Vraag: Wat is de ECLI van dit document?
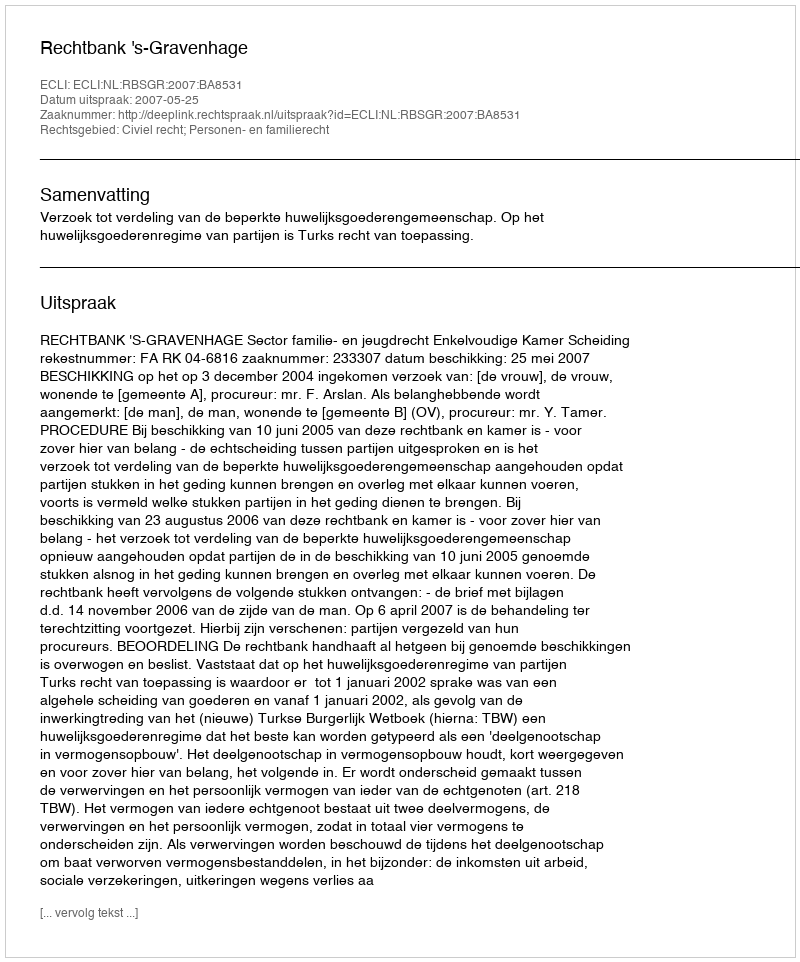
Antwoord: ECLI:NL:RBSGR:2007:BA8531